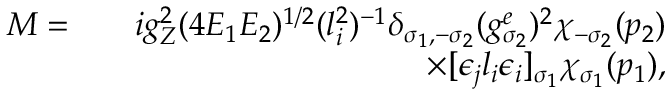
\begin{array} { r l r } { { \cal M } = } & { } & { i g _ { Z } ^ { 2 } ( 4 E _ { 1 } E _ { 2 } ) ^ { 1 / 2 } ( l _ { i } ^ { 2 } ) ^ { - 1 } \delta _ { \sigma _ { 1 } , - \sigma _ { 2 } } ( g _ { \sigma _ { 2 } } ^ { e } ) ^ { 2 } \chi _ { - \sigma _ { 2 } } ( p _ { 2 } ) } \\ & { } & { \times [ \epsilon _ { j } l _ { i } \epsilon _ { i } ] _ { \sigma _ { 1 } } \chi _ { \sigma _ { 1 } } ( p _ { 1 } ) , } \end{array}